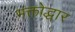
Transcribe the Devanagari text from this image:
भक्तोद्धार